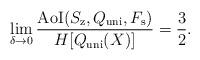
LaTeX: \begin{align*}\lim_{\delta \to 0}\frac{{\rm AoI}(S_{\mathrm{z}},Q_{{\mathrm{uni}}},F_\mathrm{s})}{H[Q_{{\mathrm{uni}}}(X)]}=\frac{3}{2}.\end{align*}